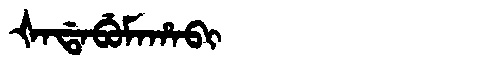
Manchu: ᡧᠠᡩᠠᠪᡠᠮᠠᡥᠠᠪᡳ
Romanization: ŠADABUMAHABI